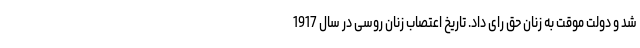
شد و دولت موقت به زنان حق رای داد. تاریخ اعتصاب زنان روسی در سال 1917